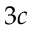
3 c